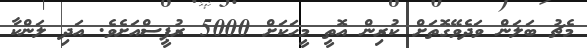
މެޗު ބަލަން ވަދެވޭގޮތަށް ކުރިން އޮތީ މީހަކަށް 5000 ރުޕީސްއަށެވެ. އަދި ލަންކާ